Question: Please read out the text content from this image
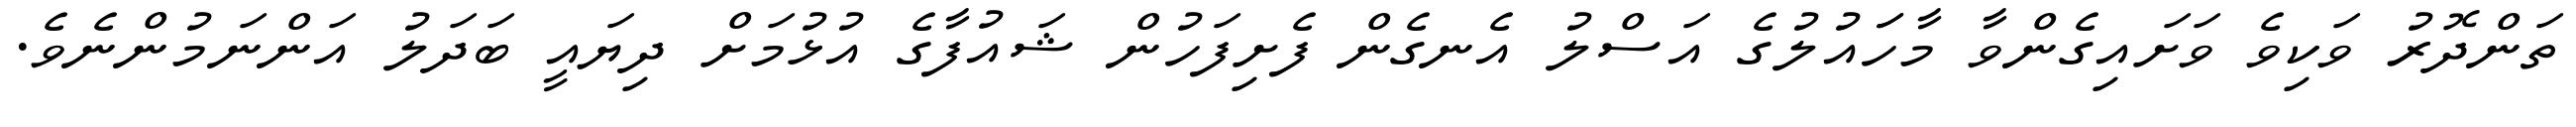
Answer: ތަންދޮރު ވަކިވެ ވަށައިގެންވާ މާހަައުލުގެ އަސްލު އެނގެން ފެށިފަހުން ޝައުފާގެ އުޅުމަށް ދިޔައީ ބަދަލު އަންނަމުންނެވެ.